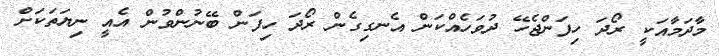
މާދަމާއަކީ ރޯދަ ހިފަންޖެހޭ ދުވަހެއްކަން އެނގިގެން ރޯދަ ހިފަން ބޭނުންވުން އެއީ ނިޔަތަކަށް